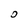
Character: 0